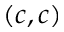
( c , c )